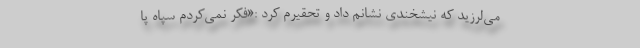
می‌لرزید که نیشخندی نشانم داد و تحقیرم کرد :«فکر نمی‌کردم سپاه پا